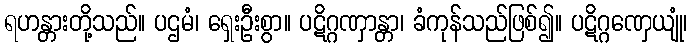
ရဟန္တားတို့သည်။ ပဌမံ၊ ရှေးဦးစွာ။ ပဋိဂ္ဂဏှာန္တာ၊ ခံကုန်သည်ဖြစ်၍။ ပဋိဂ္ဂဏှေယျုံ၊